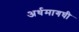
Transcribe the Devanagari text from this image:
अर्धमागघी